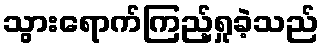
သွားရောက်ကြည့်ရှုခဲ့သည်